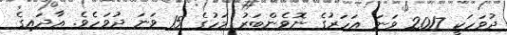
ދުވަހަކީ 2017 ވަނަ އަހަރުގެ ނޮވެންބަރު މަހުގެ 15 ވަނަ ދުވަހެވެ. އާދައިގެ